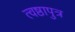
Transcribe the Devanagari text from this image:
त्वष्ठापुत्र